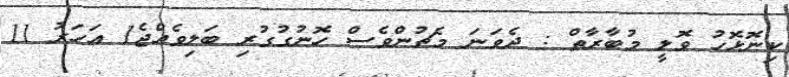
ކިނޮޅޮހު ވޮލީ މުބާރާތް : ދެވަނަ މެޗުންވެސް ހޮނުގުގުރި ބަލިވެއްޖެ1 އަހަރު 11